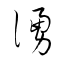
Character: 湧